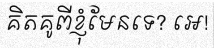
គិតគូពីខ្ញុំមែនទេ? អេ!